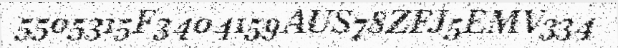
5505315F3404159AUS78ZFJ5EMV334